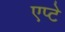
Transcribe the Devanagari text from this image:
एप्टे